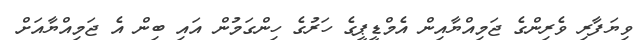
ވިޔަފާރި ވެރިންގެ ޖަމިއްޔާއިން އެމްޑީޕީގެ ހަރުގެ ހިންގަމުން އައި ބިން އެ ޖަމިއްޔާއަށް